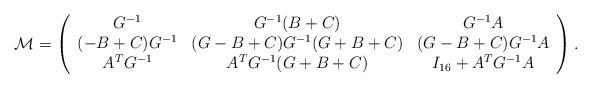
LaTeX: \begin{align*}{\cal M} = \left( \begin{array}{ccc} G^{-1} & G^{-1} (B + C) & G^{-1} A\\ (-B + C) G ^{-1} & (G - B + C) G^{-1} (G + B + C) & (G - B +C) G^{-1} A \\ A^T G^{-1} & A^T G^{-1} (G + B + C) & I_{16} + A^TG^{-1} A \end{array} \right).\end{align*}